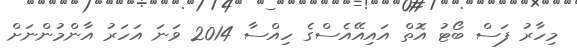
މިހާރު ފަސް ބޯޓު އޮތް އައިއޭއެސްގެ ހިއްސާ 2014 ވަނަ އަހަރު އާންމުންނަށް